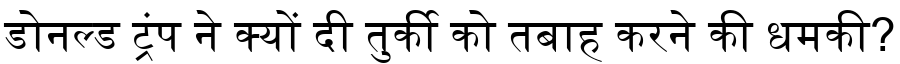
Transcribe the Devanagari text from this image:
डोनल्ड ट्रंप ने क्यों दी तुर्की को तबाह करने की धमकी?